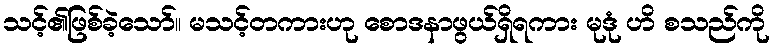
သင့်၏ဖြစ်ခဲ့သော်။ မသင့်တကားဟု စောဒနာဖွယ်ရှိရကား မုဒုံ ဟိ စသည်ကို